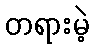
တရားမဲ့